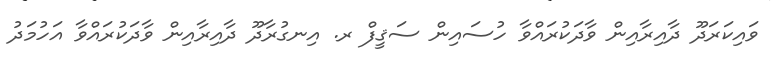
ވައިކަރަދޫ ދާއިރާއިން ވާދަކުރައްވާ ހުސައިން ސަޤީފް ރ. އިނގުރާދޫ ދާއިރާއިން ވާދަކުރައްވާ އަހުމަދު